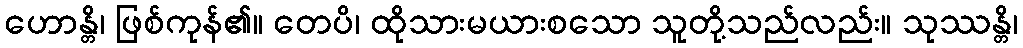
ဟောန္တိ၊ ဖြစ်ကုန်၏။ တေပိ၊ ထိုသားမယားစသော သူတို့သည်လည်း။ သုဿန္တိ၊